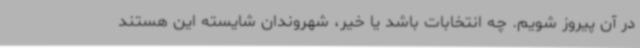
در آن پیروز شویم. چه انتخابات باشد یا خیر، شهروندان شایسته این هستند